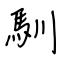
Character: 馴